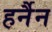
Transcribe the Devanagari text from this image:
हर्नैन